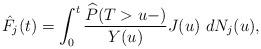
LaTeX: \begin{align*}\hat{F}_j(t) = \int_{0}^{t}\frac{\widehat{{P}}(T>u-)}{Y(u)} J(u) \ dN_{j}(u),\end{align*}